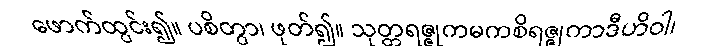
ဖောက်ထွင်း၍။ ပစိတွာ၊ ဖုတ်၍။ သုတ္တရဇ္ဇုကမကစိရဇ္ဇုကာဒီဟိဝါ၊